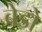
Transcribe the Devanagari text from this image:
बेडो